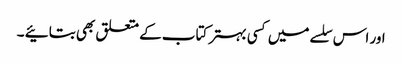
اور اس سلسے میں کسی بہتر کتاب کے متعلق بھی بتائیے ۔